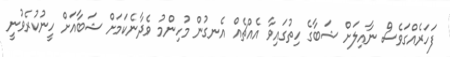
ފަހަރެއްގަވެސް ނާއިލަށް ޝަބާގެ ހިތުގައިވާ އެއްޗެއް އެނގުން މުހިންމު ވެދާނެކަމަށް ޝަބާއަށް ހީނުކުރެވުނީ